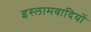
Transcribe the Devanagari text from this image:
इस्लामवादियों